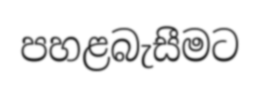
පහළබැසීමට